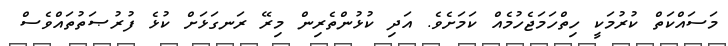
މަސައްކަތް ކުރުމަކީ ހިތްހަމަޖެހުމެއް ކަމަށެވެ. އަދި ކުޅުންތެރިން މިރޭ ރަނގަޅަށް ކުޅެ ފުރުޞަތުތައްވެސް